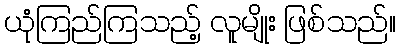
ယုံကြည်ကြသည့် လူမျိုး ဖြစ်သည်။